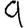
Digit: 9